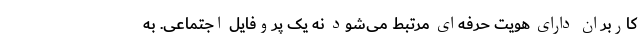
کاربران دارای هویت حرفه‌ای مرتبط می‌شود نه یک پروفایل اجتماعی. به